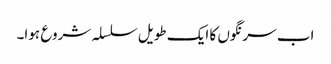
اب سرنگوں کا ایک طویل سلسلہ شروع ہوا۔